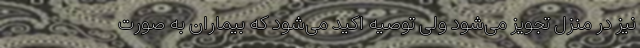
نیز در منزل تجویز می‌شود ولی توصیه اکید می‌شود که بیماران به صورت